Report on vaccination in the Province of Bengal - 1874-1889
Year: 1874
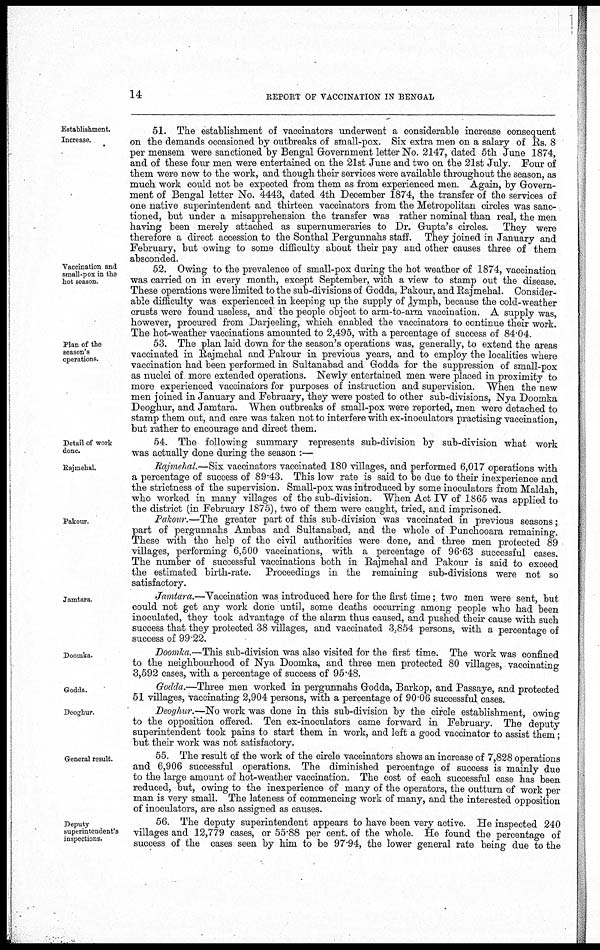
14
REPORT OF VACCINATION IN BENGAL
Establishment.
Increase.
51. The establishment of vaccinators underwent a considerable increase consequent
on the demands occasioned by outbreaks of small-pox. Six extra men on a salary of Rs. 8
per mensem were sanctioned by Bengal Government letter No. 2147, dated 5th June 1874,
and of these four men were entertained on the 21st June and two on the 21st July. Four of
them were new to the work, and though their services were available throughout the season, as
much work could not be expected from them as from experienced men. Again, by Govern-
ment of Bengal letter No. 4443, dated 4th December 1874, the transfer of the services of
one native superintendent and thirteen vaccinators from the Metropolitan circles was sanc-
tioned, but under a misapprehension the transfer was rather nominal than real, the men
having been merely attached as supernumeraries to Dr. Gupta's circles. They were
therefore a direct accession to the Sonthal Pergunnahs staff. They joined in January and
February, but owing to some difficulty about their pay and other causes three of them
absconded.
Vaccination and
small-pox in the
hot season.
52. Owing to the prevalence of small-pox during the hot weather of 1874, vaccination
was carried on in every month, except September, with a view to stamp out the disease.
These operations were limited to the sub-divisions of Godda, Pakour, and Rajmehal. Consider-
able difficulty was experienced in keeping up the supply of lymph, because the cold-weather
crusts were found useless, and the people object to arm-to-arm vaccination. A supply was,
however, procured from Darjeeling, which enabled the vaccinators to continue their work.
The hot-weather vaccinations amounted to 2,495, with a percentage of success of 84.04.
Plan of the
season's
operations.
53. The plan laid down for the season's operations was, generally, to extend the areas
vaccinated in Rajmehal and Pakour in previous years, and to employ the localities where
vaccination had been performed in Sultanabad and Godda for the suppression of small-pox
as nuclei of more extended operations. Newly entertained men were placed in proximity to
more experienced vaccinators for purposes of instruction and supervision. When the new
men joined in January and February, they were posted to other sub-divisions, Nya Doomka
Deoghur, and Jamtara. When outbreaks of small-pox were reported, men were detached to
stamp them out, and care was taken not to interfere with ex-inoculators practising vaccination,
but rather to encourage and direct them.
Detail of work
done.
54. The following summary represents sub-division by sub-division what work
was actually done during the season :—
Rajmehal.
Rajmehal.—Six vaccinators vaccinated 180 villages, and performed 6,017 operations with
a percentage of success of 89.43. This low rate is said to be due to their inexperience and
the strictness of the supervision. Small-pox was introduced by some inoculators from Maldah,
who worked in many villages of the sub-division. When Act IV of 1865 was applied to
the district (in February 1875), two of them were caught, tried, and imprisoned.
Pakour.
Pakour.—The greater part of this sub-division was vaccinated in previous seasons;
part of pergunnahs Ambas and Sultanabad. and the whole of Punchooara remaining.
These with the help of the civil authorities were done, and three men protected 89
villages, performing 6,500 vaccinations, with a percentage of 96.63 successful cases.
The number of successful vaccinations both in Rajmehal and Pakour is said to exceed
the estimated birth-rate. Proceedings in the remaining sub-divisions were not so
satisfactory.
Jamtara.
Jamtara.—Vaccination was introduced here for the first time; two men were sent, but
could not get any work done until, some deaths occurring among people who had been
inoculated, they took advantage of the alarm thus caused, and pushed their cause with such
success that they protected 38 villages, and vaccinated 3,854 persons, with a percentage of
success of 99.22.
Doomka.
Doomka.—This sub-division was also visited for the first time. The work was confined
to the neighbourhood of Nya Doomka, and three men protected 80 villages, vaccinating
3,592 cases, with a percentage of success of 95.48.
Godda.
Godda.—Three men worked in pergunnahs Godda, Barkop, and Passaye, and protected
51 villages, vaccinating 2,904 persons, with a percentage of 90.06 successful cases.
Deoghur.
Deoghur.—No work was done in this sub-division by the circle establishment, owing
to the opposition offered. Ten ex-inoculators came forward in February. The deputy
superintendent took pains to start them in work, and left a good vaccinator to assist them ;
but their work was not satisfactory.
General result.
55. The result of the work of the circle vaccinators shows an increase of 7,828 operations
and 6,906 successful operations. The diminished percentage of success is mainly due
to the large amount of hot-weather vaccination. The cost of each successful case has been
reduced, but, owing to the inexperience of many of the operators, the outturn of work per
man is very small. The lateness of commencing work of many, and the interested opposition
of inoculators, are also assigned as causes.
Deputy
superintendent's
inspections.
56. The deputy superintendent appears to have been very active. He inspected 240
villages and 12,779 cases, or 55.88 per cent. of the whole. He found the percentage of
success of the cases seen by him to be 97.94, the lower general rate being due to the